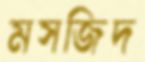
মসজিদ